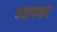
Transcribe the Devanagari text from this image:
व्यापकर